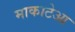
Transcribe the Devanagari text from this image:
माकाटेआ